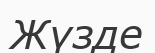
Жүзде